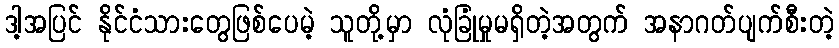
ဒါ့အပြင် နိုင်ငံသားတွေဖြစ်ပေမဲ့ သူတို့မှာ လုံခြုံမှုမရှိတဲ့အတွက် အနာဂတ်ပျက်စီးတဲ့